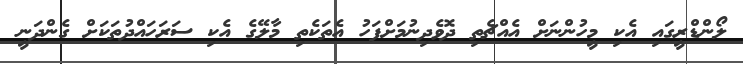
ލޯންޑްރީގައި އެކި މީހުންނަށް އެއްޗެތި ދޮވެދިނުމަށްފަހު އެތަކެތި މާލޭގެ އެކި ސަރަހައްދުތަކަށް ގެންދަނީ